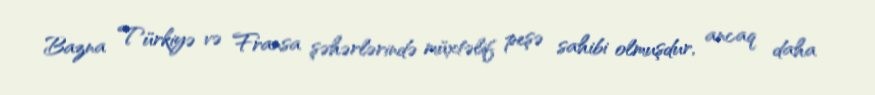
Bazna Türkiyə və Fransa şəhərlərində müxtəlif peşə sahibi olmuşdur, ancaq daha